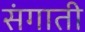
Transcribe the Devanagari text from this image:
संगाती